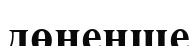
дөненше